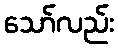
သော်လည်း